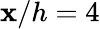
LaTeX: \mathbf{x}/h=4